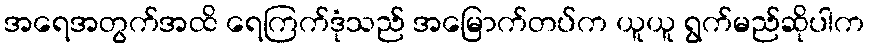
အရေအတွက်အထိ ရေကြက်ဒုံသည် အမြောက်တပ်က ယူယူ ရွက်မည်ဆိုပါက